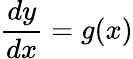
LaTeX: {\frac{dy}{dx}}=g(x)